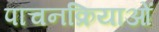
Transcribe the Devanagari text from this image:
पाचनक्रियाओं